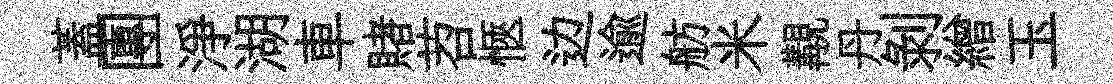
蓋團淨湖車賭苕愜边逾舫米覯丹剥繒玉